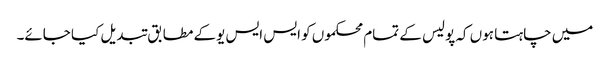
میں چاہتا ہوں کہ پولیس کے تمام محکموں کو ایس ایس یوکے مطابق تبدیل کیا جائے۔